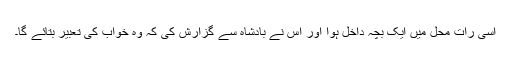
اسی رات محل میں ایک بچہ داخل ہوا اور اس نے بادشاہ سے گزارش کی کہ وہ خواب کی تعبیر بتائے گا۔